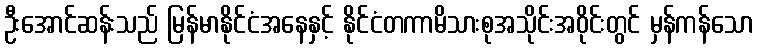
ဦးအောင်ဆန်းသည် မြန်မာနိုင်ငံအနေနှင့် နိုင်ငံတကာမိသားစုအသိုင်းအဝိုင်းတွင် မှန်ကန်သော